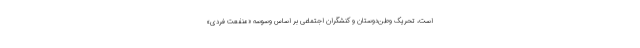
است، تحریک وطن‌دوستان و کنشگران اجتماعی بر اساس وسوسه «منفعت فردی»